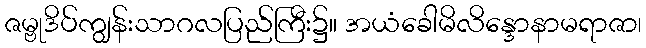
ဇမ္ဗုဒိပ်ကျွန်းသာဂလပြည်ကြီး၌။ အယံခေါမိလိန္ဒောနာမရာဇာ၊